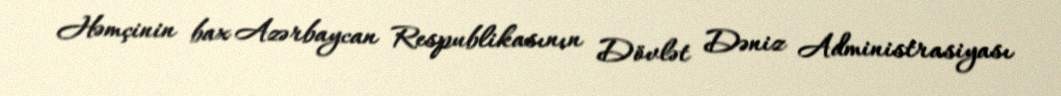
Həmçinin bax Azərbaycan Respublikasının Dövlət Dəniz Administrasiyası